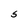
Character: S